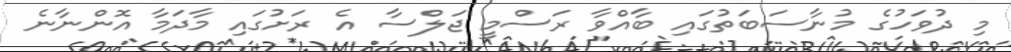
މި ދުވަހުގެ މުނާސަބަތުގައި ބާއްވާ ރަސްމީ ޖަލްސާ އެ ރަށުގައި މާދަމާ އޮންނާނެ